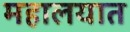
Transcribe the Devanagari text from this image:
महालयात